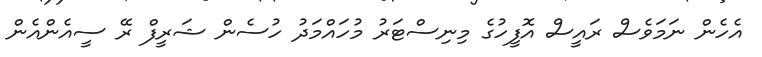
އެހެން ނަމަވެސް ރައީސް އޮފީހުގެ މިނިސްޓަރު މުހައްމަދު ހުސެން ޝަރީފް ރޭ ސީއެންއެން